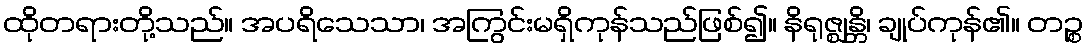
ထိုတရားတို့သည်။ အပရိသေသာ၊ အကြွင်းမရှိကုန်သည်ဖြစ်၍။ နိရုဇ္ဈန္တိ၊ ချုပ်ကုန်၏။ တဉ္စ